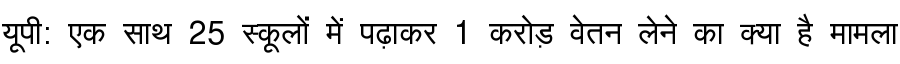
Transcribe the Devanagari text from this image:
यूपी: एक साथ 25 स्कूलों में पढ़ाकर 1 करोड़ वेतन लेने का क्या है मामला